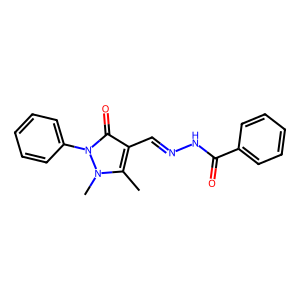
SMILES: Cc1c(C=NNC(=O)c2ccccc2)c(=O)n(-c2ccccc2)n1C
Inhibits HIV replication: No